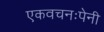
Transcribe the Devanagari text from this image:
एकवचनःपेनी